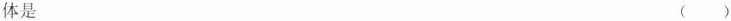
体是 ( )